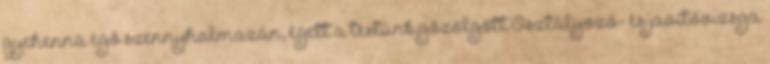
gyehenna égő szennyhalmazán, égett a testünk,gőzölgött Osztályozó- és javítóvizsga